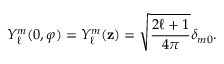
Y _ { \ell } ^ { m } ( 0 , \varphi ) = Y _ { \ell } ^ { m } ( { \mathbf { z } } ) = { \sqrt { \frac { 2 \ell + 1 } { 4 \pi } } } \delta _ { m 0 } .